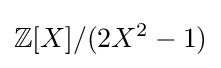
{\mathbb {Z} }[X]/(2X^{2}-1)